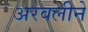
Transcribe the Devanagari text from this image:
अरवलीने